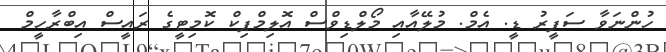
ހުންނަވާ ސަފީރު ޑީ. އެމް. މުލޭއާއި މޯލްޑިވްސް އޮލިމްޕިކް ކޮމިޓީގެ ރައީސް އިބްރާހީމް